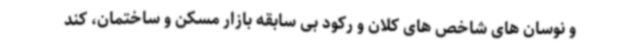
و نوسان های شاخص های کلان و رکود بی سابقه بازار مسکن و ساختمان، کند